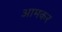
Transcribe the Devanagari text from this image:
आमकर